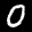
Label: 0